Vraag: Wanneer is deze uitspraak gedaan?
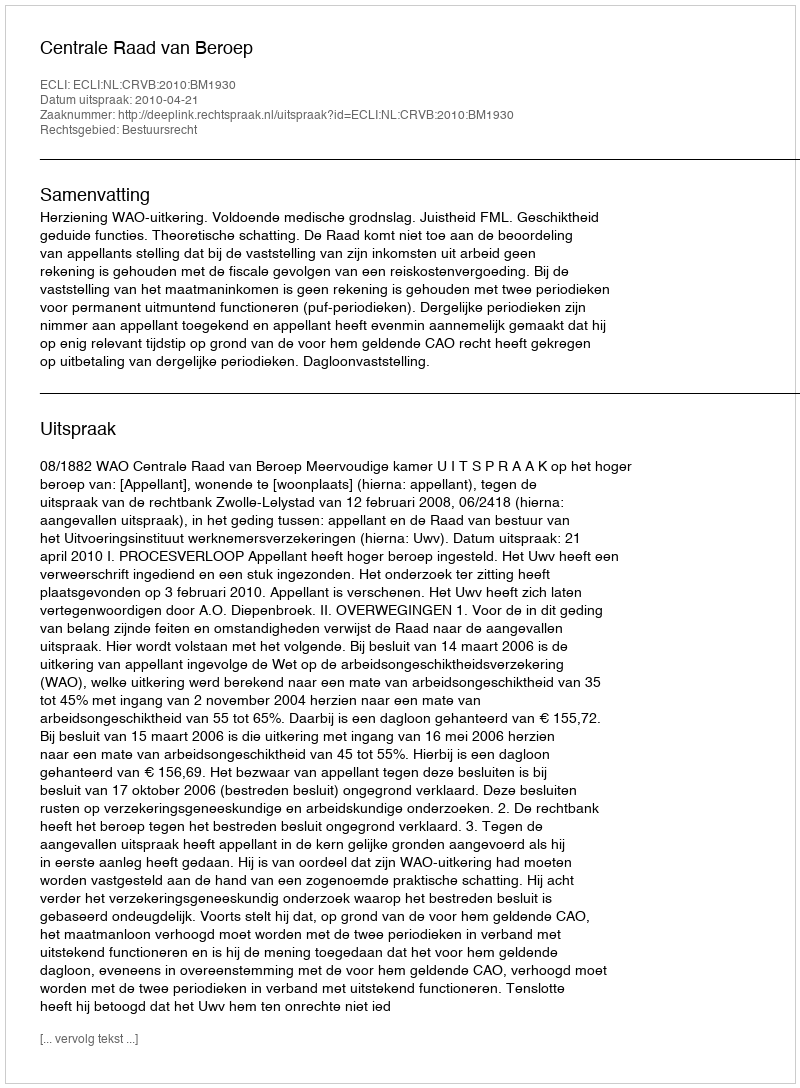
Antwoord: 2010-04-21